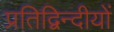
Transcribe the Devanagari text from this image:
प्रतिद्विन्दीयों